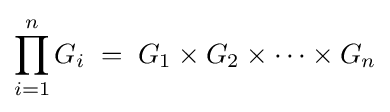
\prod _{i=1}^{n}G_{i}\;=\;G_{1}\times G_{2}\times \cdots \times G_{n}